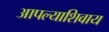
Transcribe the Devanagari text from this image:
आपल्याशिवाय